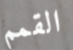
القمم